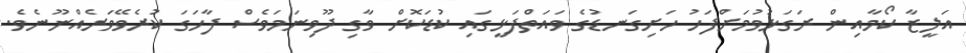
އަލީޒާ ކޯމާއިން ރަގަޅުވުމަށްފަހު ހަށިގަނޑުގެ ވައަތްފަޅީގައި ކުޑަކޮށް ވާގި ދޫވިނަމަވެސް ފާހަގަ ކުރެވޭވަރެއްނޫނެވެ.